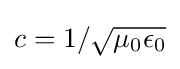
c=1/{\sqrt {\mu _{0}\epsilon _{0}}}